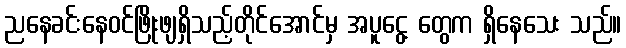
ညနေခင်းနေဝင်ဖြိုးဖျရှိသည့်တိုင်အောင်မှ အပူငွေ့ တွေက ရှိနေသေး သည်။